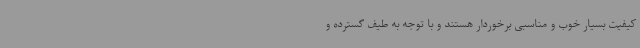
کیفیت بسیار خوب و مناسبی برخوردار هستند و با توجه به طیف گسترده و